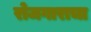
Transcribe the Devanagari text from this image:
रोजगाराचा